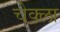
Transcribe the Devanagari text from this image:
चेक्ला